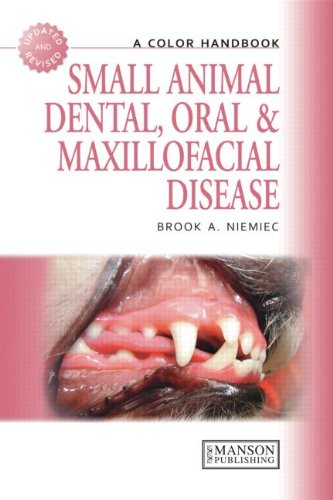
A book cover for Small Animal Dental, Oral and Maxillofacial Disease: A Colour Handbook (Veterinary Color Handbook Series); Brook A. Niemiec; Medical Books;